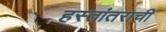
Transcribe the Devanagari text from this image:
हस्तांतराची